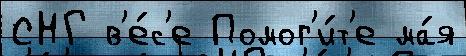
СНГ в'е́с'е Помог'и́т'е ма́я